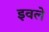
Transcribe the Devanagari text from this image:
इवले